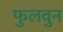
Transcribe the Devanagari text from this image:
फुलवुन